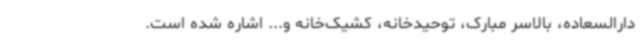
دارالسعاده، بالاسر مبارک، توحیدخانه، کشیک‌خانه و... اشاره شده است.